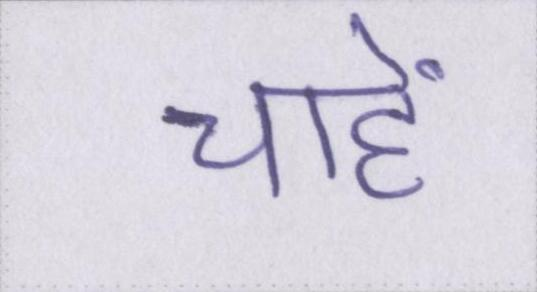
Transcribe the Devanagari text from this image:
चाहें